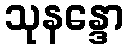
သုနန္ဒော